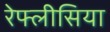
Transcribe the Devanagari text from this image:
रेफ्लीसिया